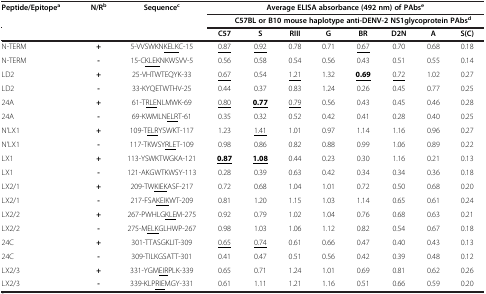
<table><thead><tr><td><b>Peptide/Epitope<sup>a</sup></b></td><td><b>N/R<sup>b</sup></b></td><td><b>Sequence<sup>c</sup></b></td><td colspan="8"><b>Average ELISA absorbance (492 nm) of PAbs<sup>e</sup></b></td></tr><tr><td><b> </b></td><td><b> </b></td><td><b> </b></td><td colspan="8"><b>C57BL or B10 mouse haplotype anti-DENV-2 NS1glycoprotein PAbs<sup>d</sup></b></td></tr><tr><td colspan="4"><b>C57</b></td><td><b>S</b></td><td><b>RIII</b></td><td><b>G</b></td><td><b>BR</b></td><td><b>D2N</b></td><td><b>A</b></td><td><b>S(C)</b></td></tr></thead><tbody><tr><td>N-TERM</td><td><b>+</b></td><td>5-VVSWKN<underline>KELK</underline>C-15</td><td><underline>0.87</underline></td><td><underline>0.92</underline></td><td>0.78</td><td>0.71</td><td><underline>0.67</underline></td><td>0.70</td><td>0.68</td><td>0.18</td></tr><tr><td>N-TERM</td><td><b>-</b></td><td>15-C<underline>KLEK</underline>NKWSVV-5</td><td>0.56</td><td>0.58</td><td>0.54</td><td>0.56</td><td>0.43</td><td>0.51</td><td>0.55</td><td>0.14</td></tr><tr><td>LD2</td><td><b>+</b></td><td>25-VHTWTEQYK-33</td><td><underline>0.67</underline></td><td>0.54</td><td><underline>1.21</underline></td><td>1.32</td><td><underline><b>0.69</b></underline></td><td><underline>0.72</underline></td><td>1.02</td><td>0.27</td></tr><tr><td>LD2</td><td><b>-</b></td><td>33-KYQETWTHV-25</td><td>0.44</td><td>0.37</td><td>0.83</td><td>1.24</td><td>0.26</td><td>0.45</td><td>0.77</td><td>0.25</td></tr><tr><td>24A</td><td><b>+</b></td><td>61-T<underline>RLE</underline>NLMWK-69</td><td><underline>0.80</underline></td><td><underline><b>0.77</b></underline></td><td><underline>0.79</underline></td><td>0.56</td><td>0.43</td><td>0.45</td><td>0.46</td><td>0.28</td></tr><tr><td>24A</td><td><b>-</b></td><td>69-KWMLN<underline>ELR</underline>T-61</td><td>0.35</td><td>0.32</td><td>0.52</td><td>0.42</td><td>0.41</td><td>0.28</td><td>0.40</td><td>0.25</td></tr><tr><td>N&#x27;LX1</td><td><b>+</b></td><td>109-T<underline>ELR</underline>YSWKT-117</td><td>1.23</td><td><underline>1.41</underline></td><td>1.01</td><td>0.97</td><td>1.14</td><td>1.16</td><td>0.96</td><td>0.27</td></tr><tr><td>N&#x27;LX1</td><td><b>-</b></td><td>117-TKWSY<underline>RLE</underline>T-109</td><td>0.98</td><td>0.86</td><td>0.82</td><td>0.88</td><td>0.99</td><td>1.06</td><td>0.89</td><td>0.22</td></tr><tr><td>LX1</td><td><b>+</b></td><td>113-YSWKTWGKA-121</td><td><underline><b>0.87</b></underline></td><td><underline><b>1.08</b></underline></td><td>0.44</td><td>0.23</td><td>0.30</td><td>1.16</td><td>0.21</td><td>0.13</td></tr><tr><td>LX1</td><td><b>-</b></td><td>121-AKGWTKWSY-113</td><td>0.28</td><td>0.39</td><td>0.63</td><td>0.42</td><td>0.34</td><td>0.34</td><td>0.36</td><td>0.18</td></tr><tr><td>LX2/1</td><td><b>+</b></td><td>209-TW<underline>KIEK</underline>ASF-217</td><td>0.72</td><td>0.68</td><td>1.04</td><td>1.01</td><td>0.72</td><td>0.50</td><td>0.68</td><td>0.20</td></tr><tr><td>LX2/1</td><td><b>-</b></td><td>217-FSA<underline>KEIK</underline>WT-209</td><td>0.81</td><td>1.20</td><td>1.15</td><td>1.03</td><td>1.14</td><td>0.65</td><td>0.61</td><td>0.24</td></tr><tr><td>LX2/2</td><td><b>+</b></td><td>267-PWHLG<underline>KLE</underline>M-275</td><td>0.92</td><td>0.79</td><td>1.02</td><td>1.04</td><td>0.76</td><td>0.68</td><td>0.63</td><td>0.21</td></tr><tr><td>LX2/2</td><td><b>-</b></td><td>275-M<underline>ELK</underline>GLHWP-267</td><td>0.98</td><td>1.03</td><td>1.06</td><td>1.12</td><td>0.82</td><td>0.54</td><td>0.67</td><td>0.18</td></tr><tr><td>24C</td><td><b>+</b></td><td>301-TTASGKLIT-309</td><td><underline>0.65</underline></td><td><underline>0.74</underline></td><td>0.61</td><td>0.66</td><td>0.47</td><td>0.40</td><td>0.43</td><td>0.13</td></tr><tr><td>24C</td><td><b>-</b></td><td>309-TILKGSATT-301</td><td>0.41</td><td>0.47</td><td>0.51</td><td>0.56</td><td>0.42</td><td>0.39</td><td>0.48</td><td>0.12</td></tr><tr><td>LX2/3</td><td><b>+</b></td><td>331-YGM<underline>EIR</underline>PLK-339</td><td>0.65</td><td>0.71</td><td>1.24</td><td>1.01</td><td>0.69</td><td>0.81</td><td>0.62</td><td>0.26</td></tr><tr><td>LX2/3</td><td><b>-</b></td><td>339-KLP<underline>RIE</underline>MGY-331</td><td>0.61</td><td>1.11</td><td>1.21</td><td>1.16</td><td>0.51</td><td>0.66</td><td>0.59</td><td>0.20</td></tr></tbody></table>